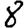
Digit: 8